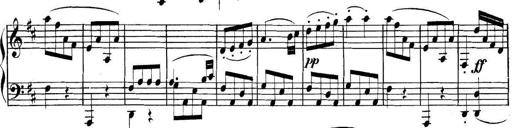
Title: Collected Piano Sonatas
Composer: Muzio Clementi